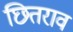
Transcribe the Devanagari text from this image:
छितराव